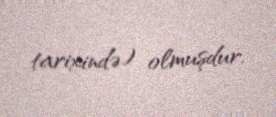
tarixində) olmuşdur.